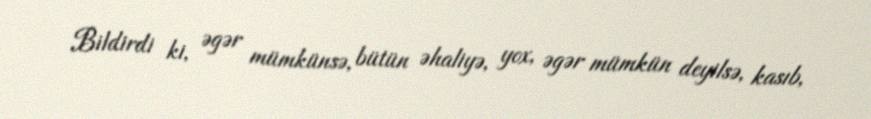
Bildirdi ki, əgər mümkünsə, bütün əhaliyə, yox, əgər mümkün deyilsə, kasıb,